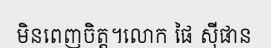
មិនពេញចិត្ត។លោក ផៃ ស៊ីផាន